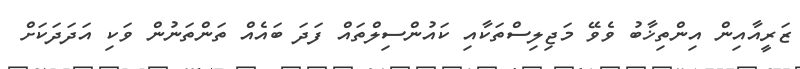
ޒަރީއާއިން އިންތިޚާބު ވެވޭ މަޖިލިސްތަކާއި ކައުންސިލްތައް ފަދަ ބައެއް ތަންތަނުން ވަކި އަދަދަކަށް